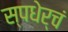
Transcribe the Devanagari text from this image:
स्पधेर्चं